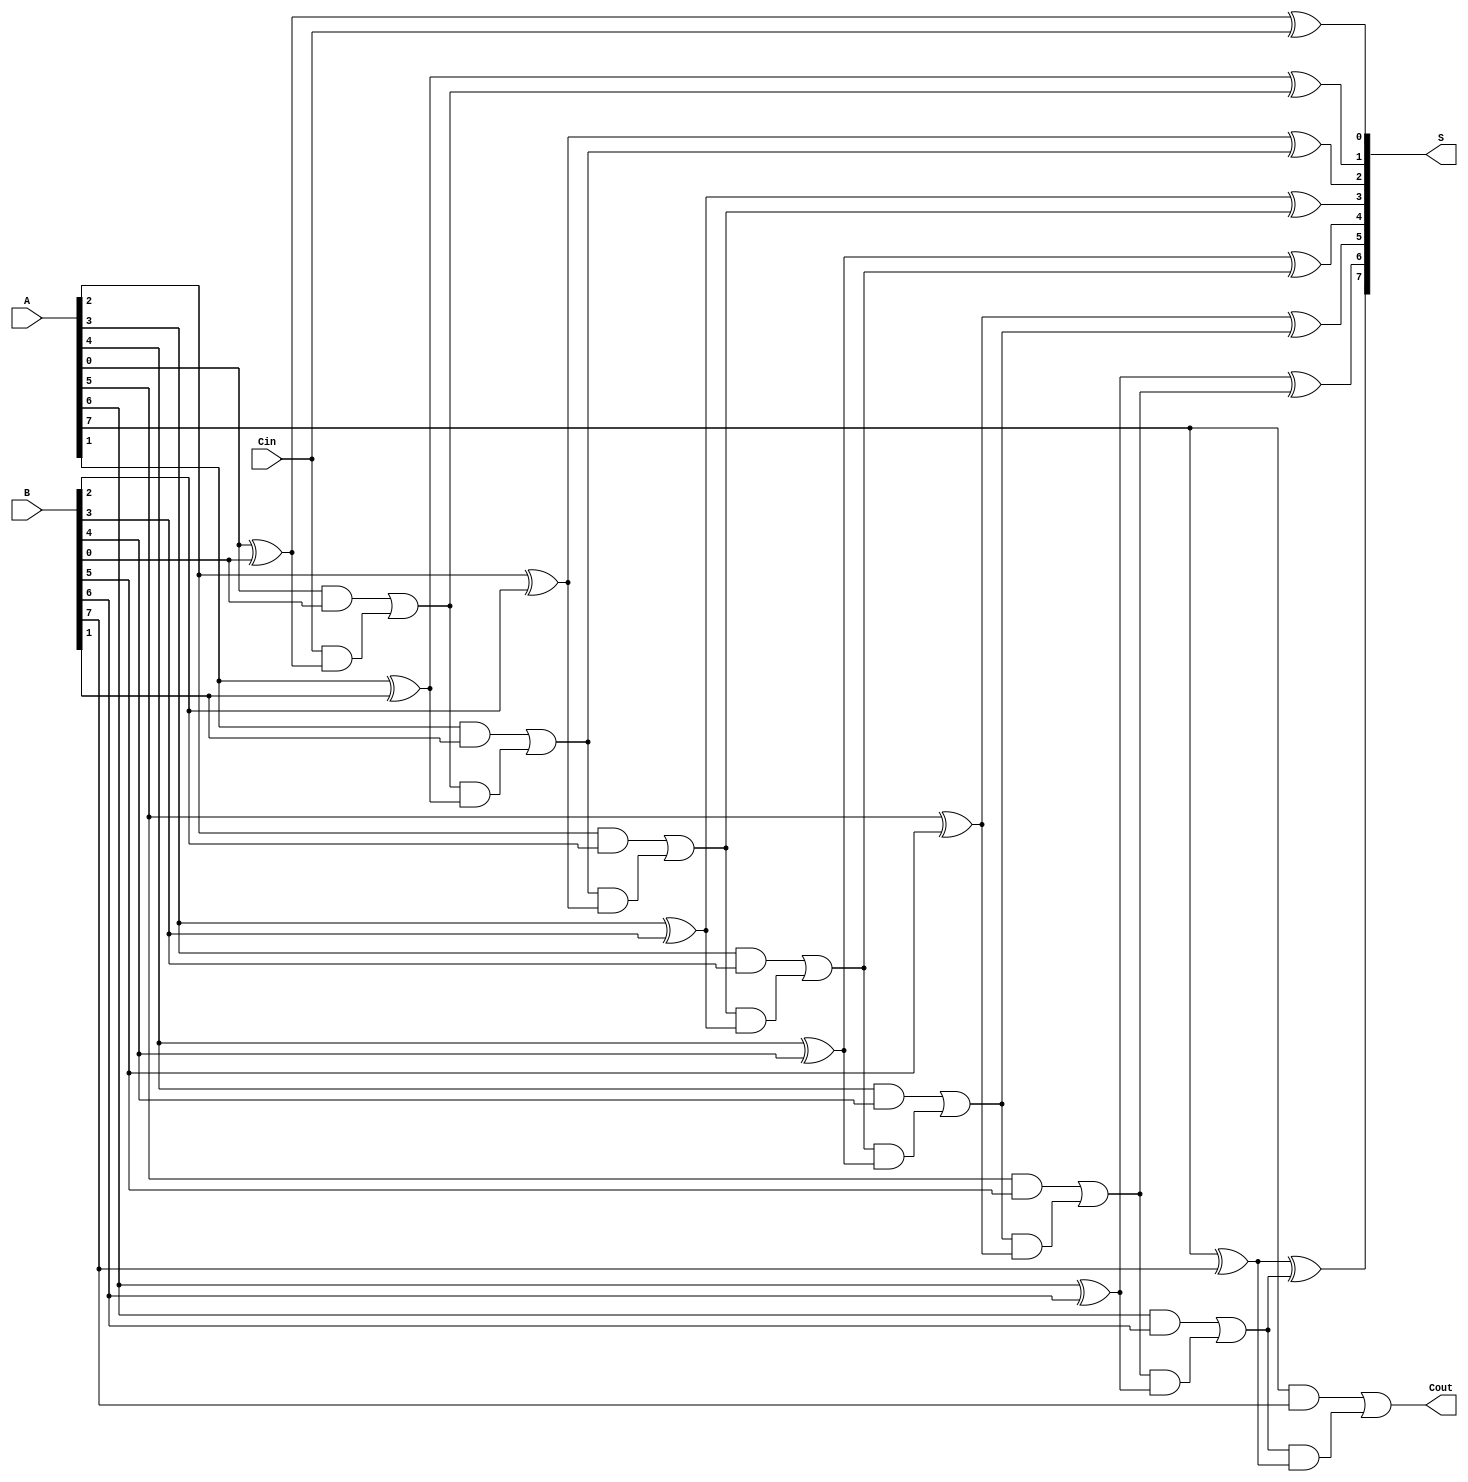
module ManchesterCarryChainAdder #(
    parameter N = 8  // Width of the adder (number of bits)
)(
    input  [N-1:0] A,      // First n-bit input
    input  [N-1:0] B,      // Second n-bit input
    input        Cin,       // Carry-in
    output [N-1:0] S,      // n-bit sum output
    output       Cout       // Carry-out
);

    wire [N:0] C;          // Carry signals, C[0] = Cin, C[N] = Cout

    // Generate carry signals
    assign C[0] = Cin; // Initial carry-in

    genvar i;
    generate
        for (i = 0; i < N; i = i + 1) begin : carry_generation
            // Sum calculation
            assign S[i] = A[i] ^ B[i] ^ C[i];

            // Carry generation
            assign C[i + 1] = (A[i] & B[i]) | (C[i] & (A[i] ^ B[i]));
        end
    endgenerate

    // Final carry-out
    assign Cout = C[N];

endmodule